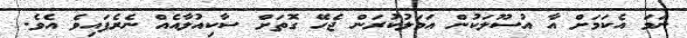
ނަމަ އެކަމަށް އާ އުސޫލަކުން އަމަލުކުރަން ޖެހޭ ގޮތަށް ސާކިއުލާއެއް ނެރެފައިވެ އެވެ.